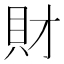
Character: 財